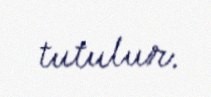
tutulur.